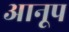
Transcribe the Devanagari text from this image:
आनूप